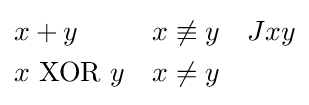
{\begin{aligned}x&+y&x&\not \equiv y&Jxy\\x&\mathrm {~XOR~} y&x&\neq y\end{aligned}}